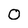
Character: 0